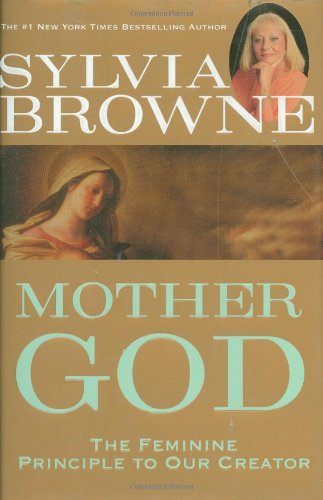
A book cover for Mother God; Sylvia Browne; Religion & Spirituality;